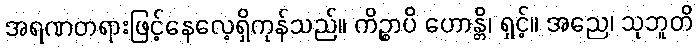
အရဏတရားဖြင့်နေလေ့ရှိကုန်သည်။ ကိဉ္စာပိ ဟောန္တိ၊ ရှင့်။ အညေ၊ သုဘူတိ